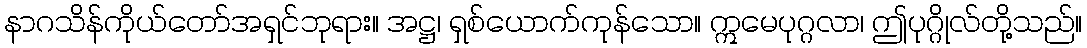
နာဂသိန်ကိုယ်တော်အရှင်ဘုရား။ အဋ္ဌ၊ ရှစ်ယောက်ကုန်သော။ ဣမေပုဂ္ဂလာ၊ ဤပုဂ္ဂိုလ်တို့သည်။